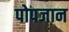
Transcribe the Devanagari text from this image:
पोपजान